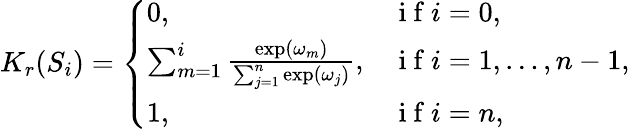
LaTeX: K_{r}(S_{i})=\left\{ \begin{array}{ll}{0,}&{\mathrm{~i~f~}i=0,}\\ {\sum_{m=1}^{i}\frac{\exp(\omega_{m})}{\sum_{j=1}^{n}\exp(\omega_{j})},}&{\mathrm{~i~f~}i=1,\ldots,n-1,}\\ {1,}&{\mathrm{~i~f~}i=n,}\end{array}\right.